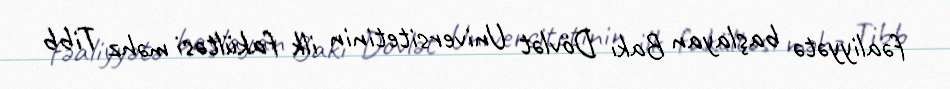
fəaliyyətə başlayan Bakı Dövlət Universitetinin ilk fakültəsi məhz Tibb